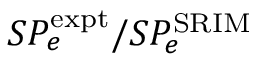
S P _ { e } ^ { \mathrm { e x p t } } / S P _ { e } ^ { \mathrm { S R I M } }